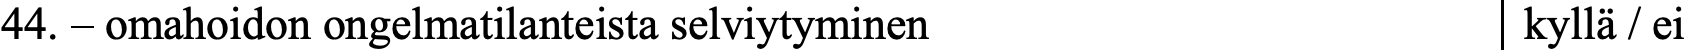
44. – omahoidon ongelmatilanteista selviytyminen  kyllä / ei